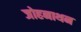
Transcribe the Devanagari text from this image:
जोहनाथन